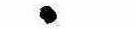
ゝ